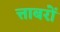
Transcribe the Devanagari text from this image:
त्ताबरों